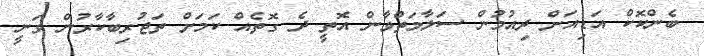
ބެންކޮކް އަޑިއަށް ދިއުމުން ސަލާމަތްވާން އޮތީ ދެ ގޮތެއް ކަމަށް ތަޖުރިބާކާރުން ވަނީ